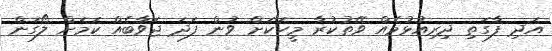
އަދި ފާގަތި ދިރިއުޅުމެއް ވޭތުކުރާ މީހަކަށް ވުން ފަދަ ޖަވާބެއް ކަމަށް ލޯގަން